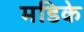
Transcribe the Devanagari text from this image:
मडिके